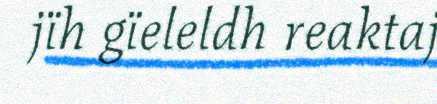
jïh gïeleldh reaktaj